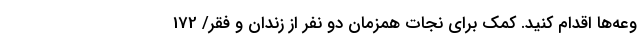
وعه‌ها اقدام کنید. کمک برای نجات همزمان دو نفر از زندان و فقر/ 172